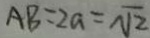
A B = 2 a = \sqrt { 2 }